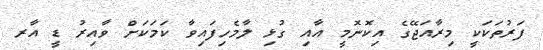
ފަރުތަކަކީ މިރާއަޖޭގެ އިކޮނޮމީ އާއި ގުޅި ލާމެހިފައިވާ ކަމަކަށް ވާއިރު ޑީ އާރ